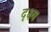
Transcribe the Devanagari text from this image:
दृक्ष्य